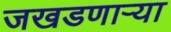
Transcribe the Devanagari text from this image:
जखडणाऱ्या